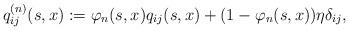
LaTeX: \begin{align*}q_{ij}^{(n)}(s,x) :=\varphi_n(s,x)q_{ij}(s,x) + (1-\varphi_n(s,x))\eta\delta_{ij},\end{align*}